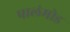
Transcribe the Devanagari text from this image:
पालंमोड